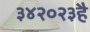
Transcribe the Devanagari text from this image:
३४२०२३है